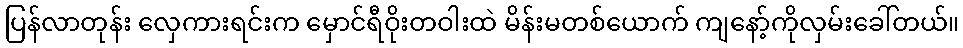
ပြန်လာတုန်း လှေကားရင်းက မှောင်ရီဝိုးတဝါးထဲ မိန်းမတစ်ယောက် ကျနော့်ကိုလှမ်းခေါ်တယ်။